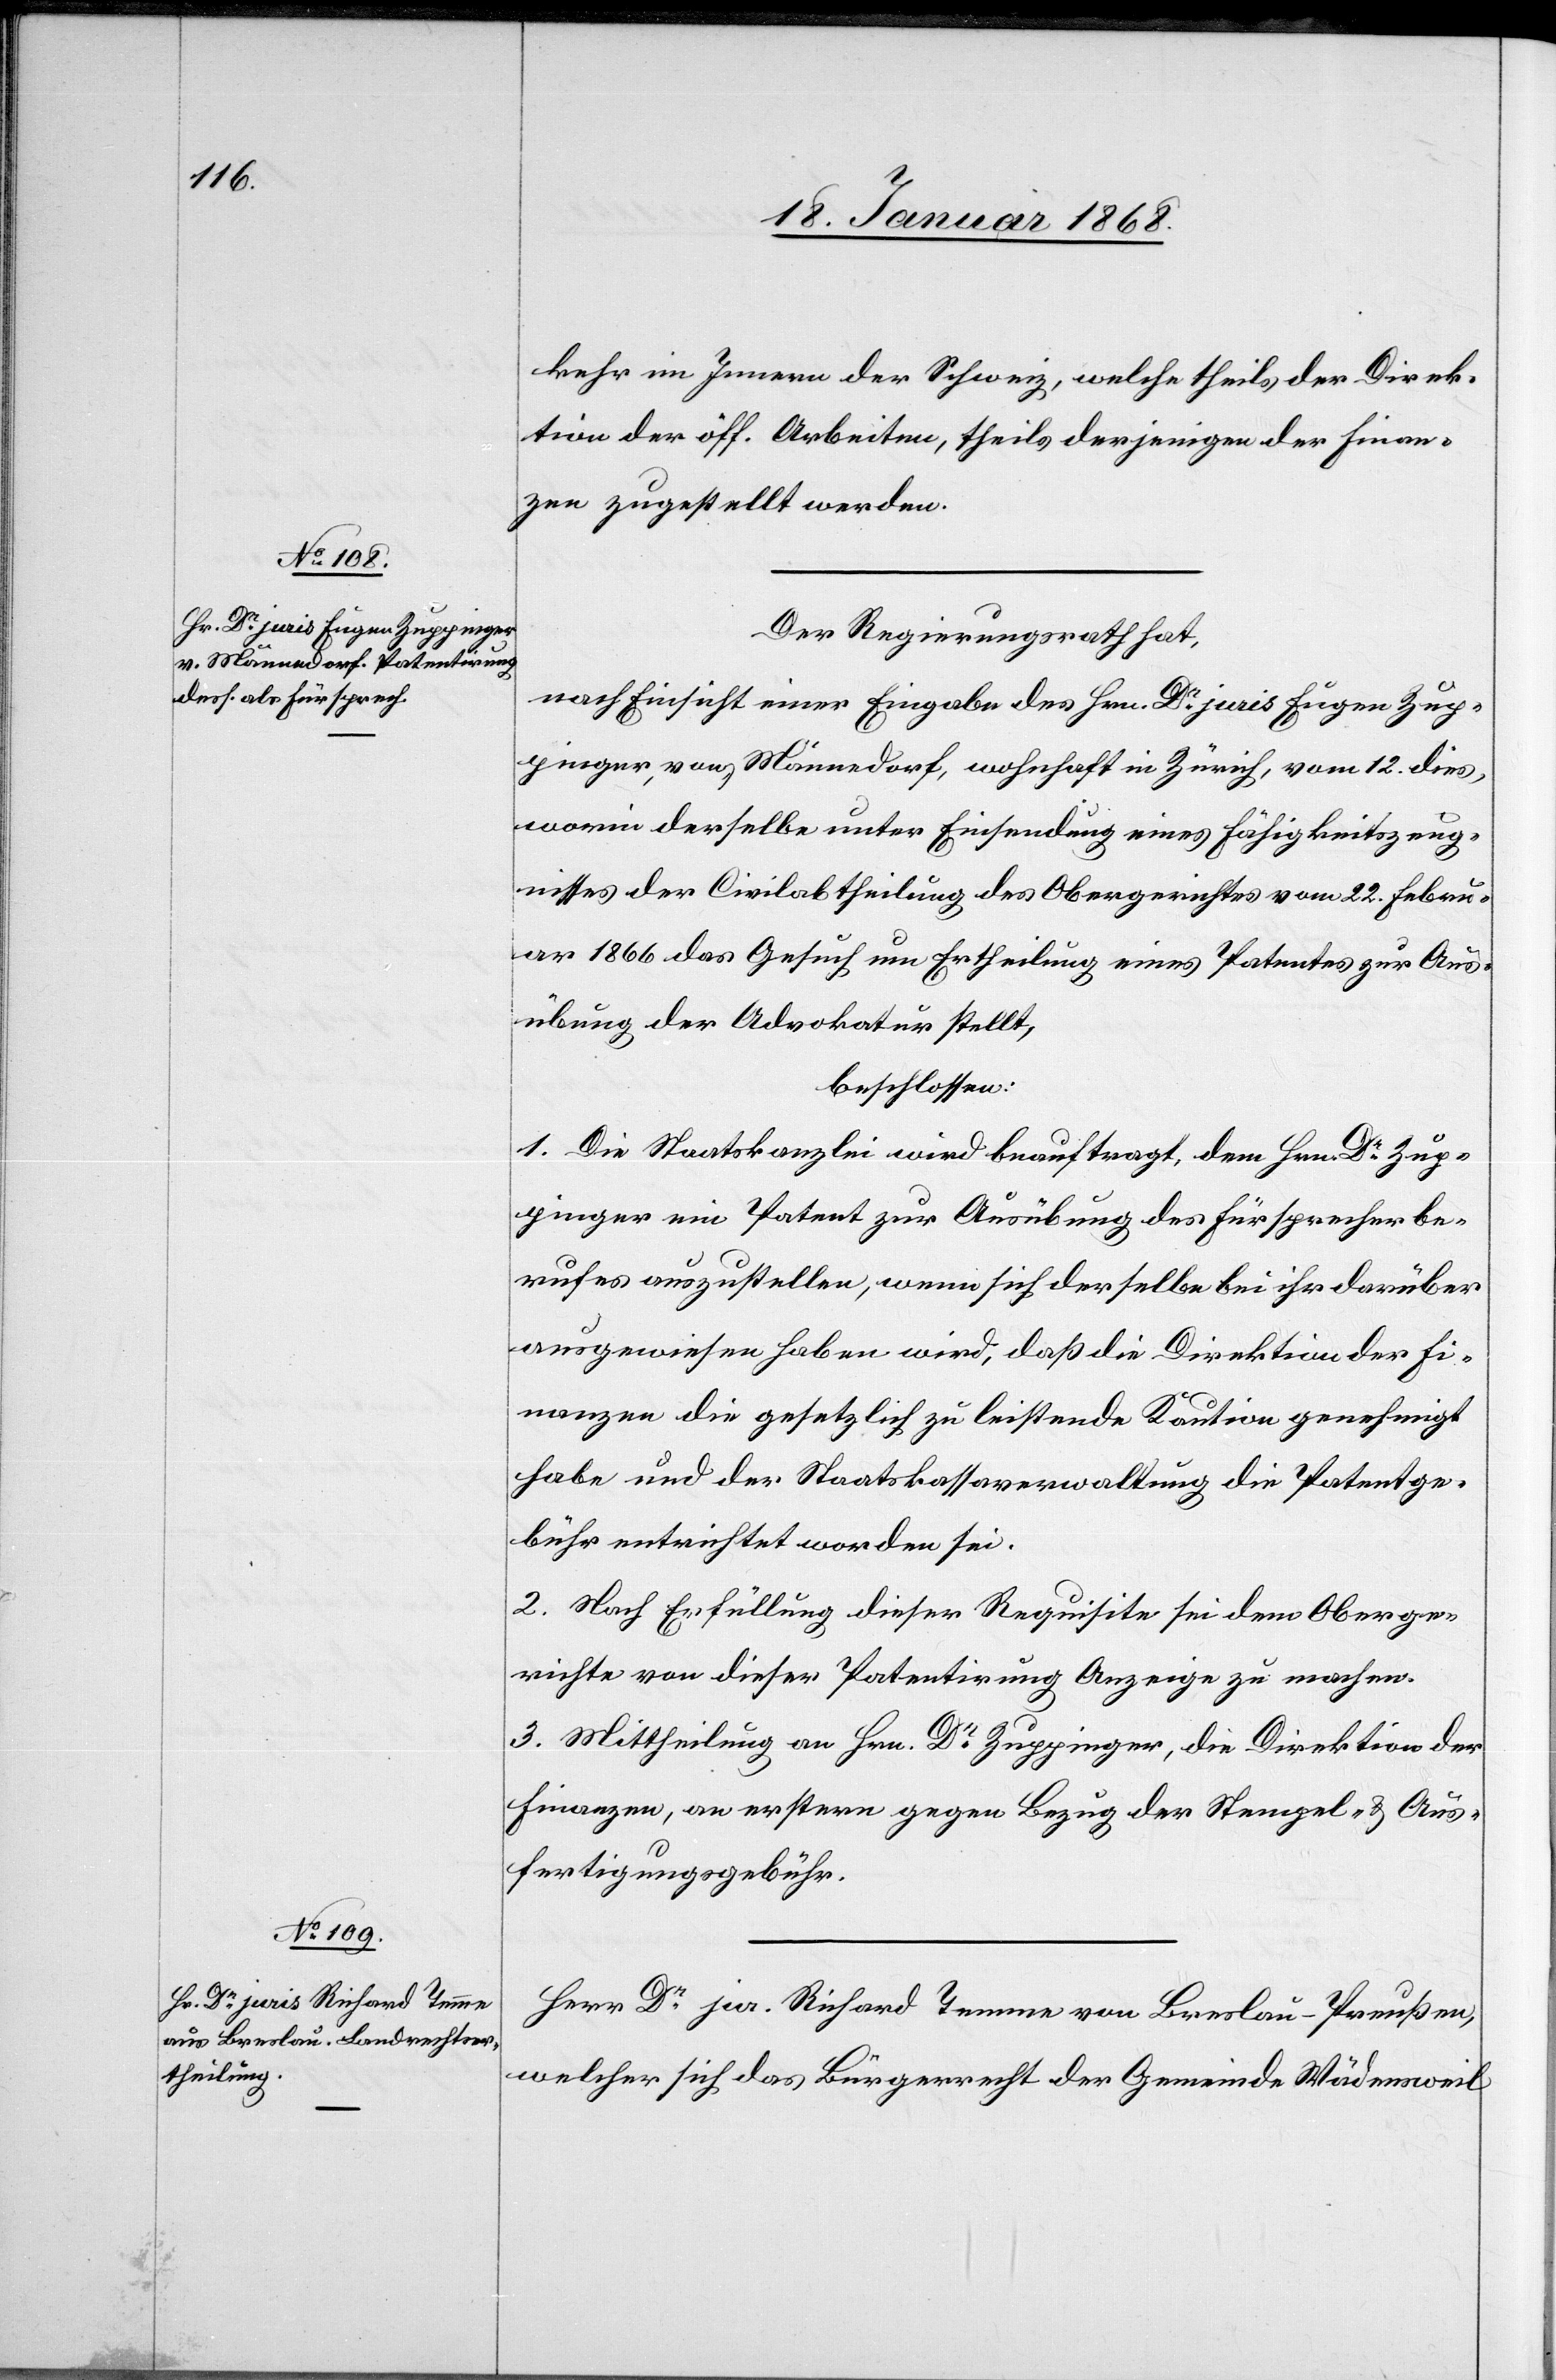
kehr im Innern der Schweiz, welche theils der Direk¬
tion der öff. Arbeiten, theils derjenigen der Finan¬
zen zugestellt werden.
Der Regierungsrath hat,
nach Einsicht einer Eingabe des Hrn. Dr. juris Eugen Zup¬
pinger, von Männedorf, wohnhaft in Zürich, vom 12. dies,
worin derselbe unter Einsendung eines Fähigkeitszeug¬
nisses der Civilabtheilung des Obergerichtes vom 22. Febru¬
ar 1866 das Gesuch um Ertheilung eines Patentes zur Aus¬
übung der Advokatur stellt,
beschlossen:
1. Die Staatskanzlei wird beauftragt, dem Hrn. Dr. Zup¬
pinger ein Patent zur Ausübung des Fürsprecherbe¬
rufes auszustellen, wenn sich derselbe bei ihr darüber
ausgewiesen haben wird, daß die Direktion der Fi¬
nanzen die gesetzlich zu leistende Kaution genehmigt
habe und der Staatskassaverwaltung die Patentge¬
bühr entrichtet worden sei.
2. Nach Erfüllung dieser Requisite sei dem Oberge¬
richte von dieser Patentirung Anzeige zu machen.
3. Mittheilung an Hrn. Dr. Zuppinger, die Direktion der
Finanzen, an erstere gegen Bezug der Stempel- & Aus¬
fertigungsgebühr.
Herr Dr. jur. Richard Temme von Breslau-Preußen,
welcher sich das Bürgerrecht der Gemeinde Wädensweil